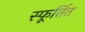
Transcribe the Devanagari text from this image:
स्फूर्तित